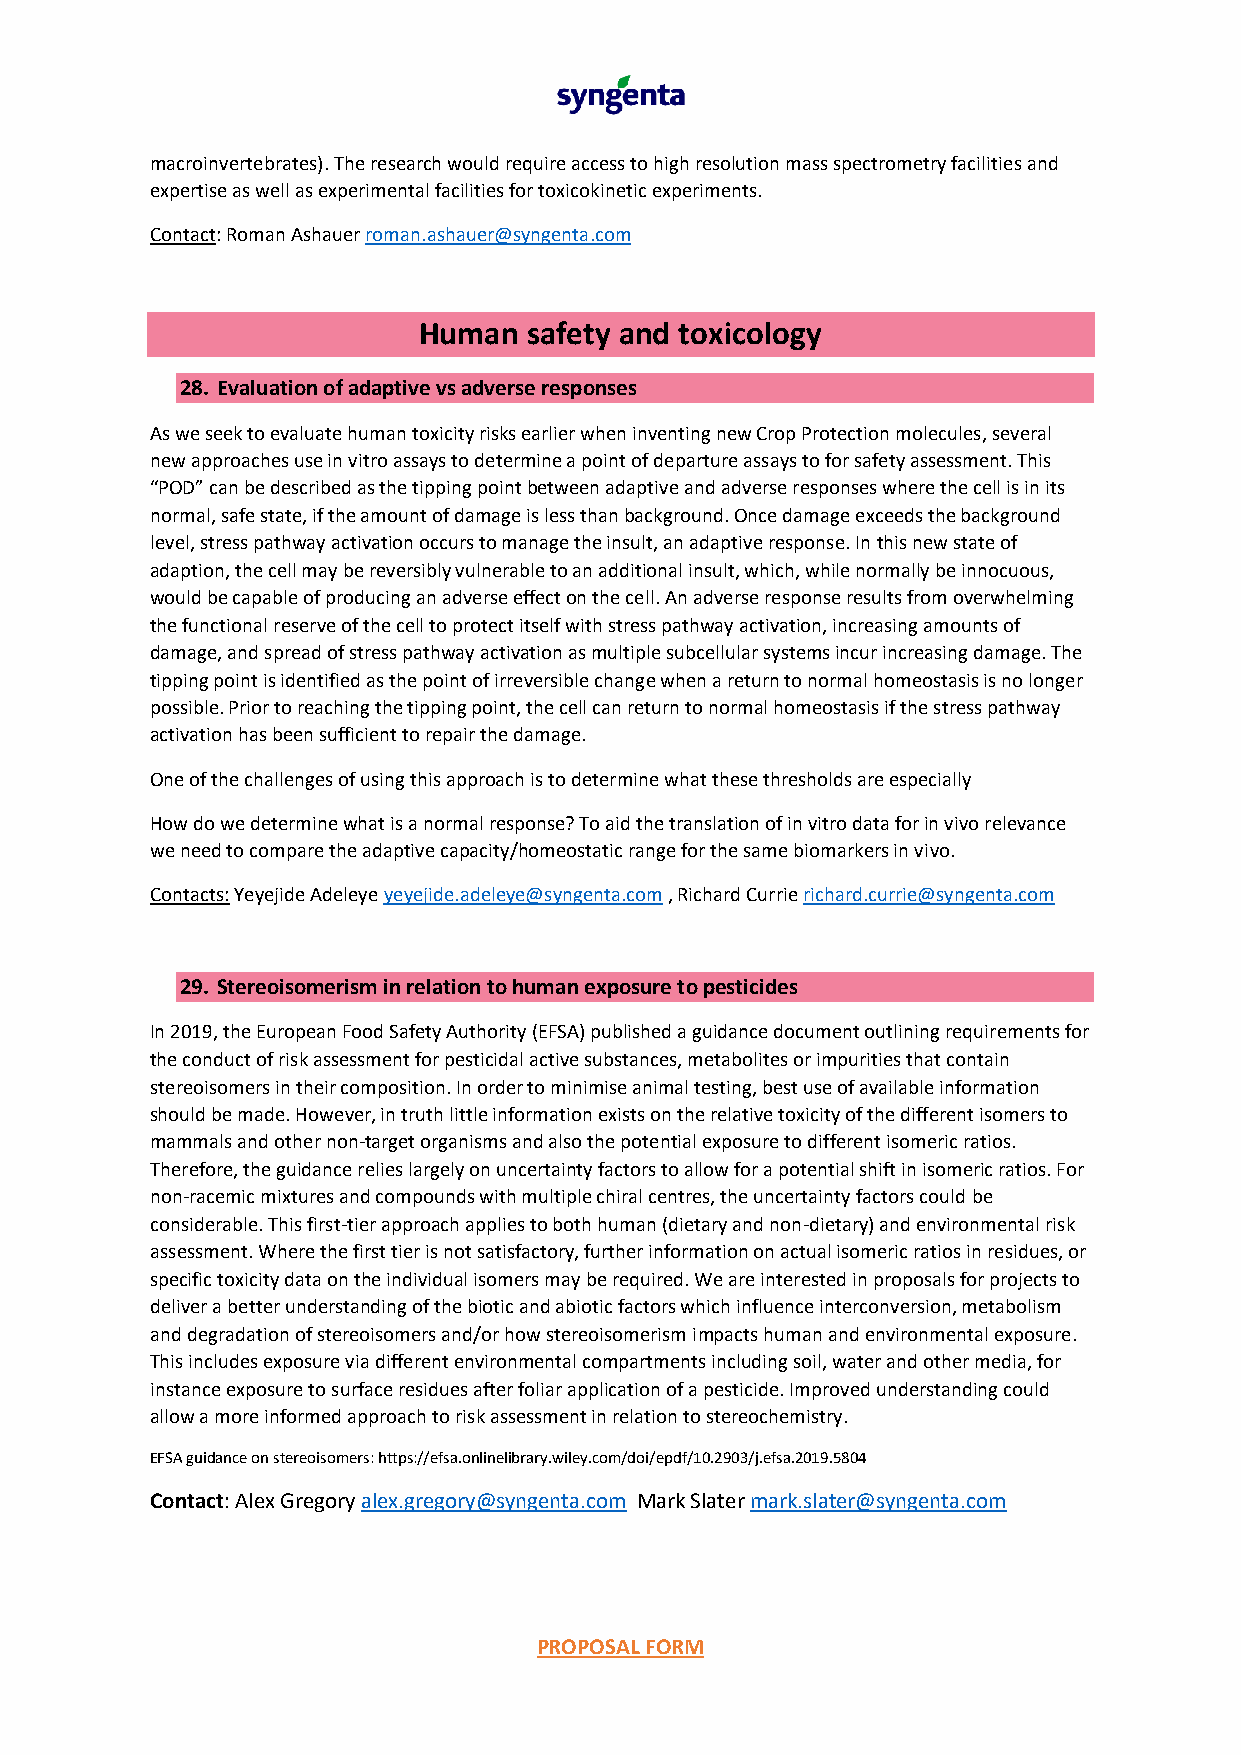
macroinvertebrates). The research would require access to high resolution mass spectrometry facilities and
 expertise as well as experimental facilities for toxicokinetic experiments.
 Contact: Roman Ashauer roman.ashauer@syngenta.com
 Human  safety and toxicology
 28. Evaluation of adaptive vs adverse responses
 As we seek to evaluate human toxicity risks earlier when inventing new Crop Protection molecules, several
 new approaches use in vitro assays to determine a point of departure assays to for safety assessment. This
 “POD” can be described as the tipping point between adaptive and adverse responses where the cell is in its
 normal, safe state, if the amount of damage is less than background. Once damage exceeds the background
 level, stress pathway activation occurs to manage the insult, an adaptive response. In this new state of
 adaption, the cell may be reversibly vulnerable to an additional insult, which, while normally be innocuous,
 would be capable of producing an adverse effect on the cell. An adverse response results from overwhelming
 the functional reserve of the cell to protect itself with stress pathway activation, increasing amounts of
 damage, and spread of stress pathway activation as multiple subcellular systems incur increasing damage. The
 tipping point is identified as the point of irreversible change when a return to normal homeostasis is no longer
 possible. Prior to reaching the tipping point, the cell can return to normal homeostasis if the stress pathway
 activation has been sufficient to repair the damage.
 One of the challenges of using this approach is to determine what these thresholds are especially
 How do we determine what is a normal response? To aid the translation of in vitro data for in vivo relevance
 we need to compare the adaptive capacity/homeostatic range for the same biomarkers in vivo.
 Contacts: Yeyejide Adeleye yeyejide.adeleye@syngenta.com , Richard Currie richard.currie@syngenta.com
 29. Stereoisomerism in relation to human exposure to pesticides
 In 2019, the European Food Safety Authority (EFSA) published a guidance document outlining requirements for
 the conduct of risk assessment for pesticidal active substances, metabolites or impurities that contain
 stereoisomers in their composition. In order to minimise animal testing, best use of available information
 should be made. However, in truth little information exists on the relative toxicity of the different isomers to
 mammals and other non-target organisms and also the potential exposure to different isomeric ratios.
 Therefore, the guidance relies largely on uncertainty factors to allow for a potential shift in isomeric ratios. For
 non-racemic mixtures and compounds with multiple chiral centres, the uncertainty factors could be
 considerable. This first-tier approach applies to both human (dietary and non-dietary) and environmental risk
 assessment. Where the first tier is not satisfactory, further information on actual isomeric ratios in residues, or
 specific toxicity data on the individual isomers may be required. We are interested in proposals for projects to
 deliver a better understanding of the biotic and abiotic factors which influence interconversion, metabolism
 and degradation of stereoisomers and/or how stereoisomerism impacts human and environmental exposure.
 This includes exposure via different environmental compartments including soil, water and other media, for
 instance exposure to surface residues after foliar application of a pesticide. Improved understanding could
 allow a more informed approach to risk assessment in relation to stereochemistry.
 EFSA guidance on stereoisomers: https://efsa.onlinelibrary.wiley.com/doi/epdf/10.2903/j.efsa.2019.5804
 Contact: Alex Gregory alex.gregory@syngenta.com Mark Slater mark.slater@syngenta.com
 PROPOSAL FORM